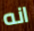
انه